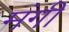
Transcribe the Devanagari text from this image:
मंगी